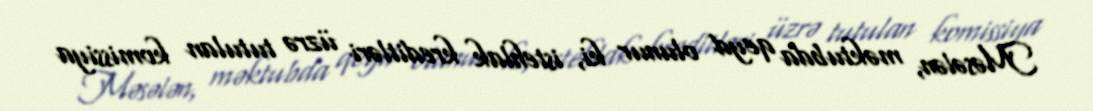
Məsələn, məktubda qeyd olunur ki, istehlak kreditləri üzrə tutulan komissiya